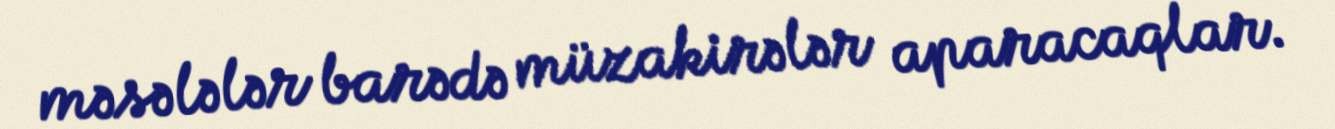
məsələlər barədə müzakirələr aparacaqlar.